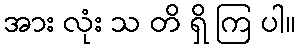
အား လုံး သ တိ ရှိ ကြ ပါ။